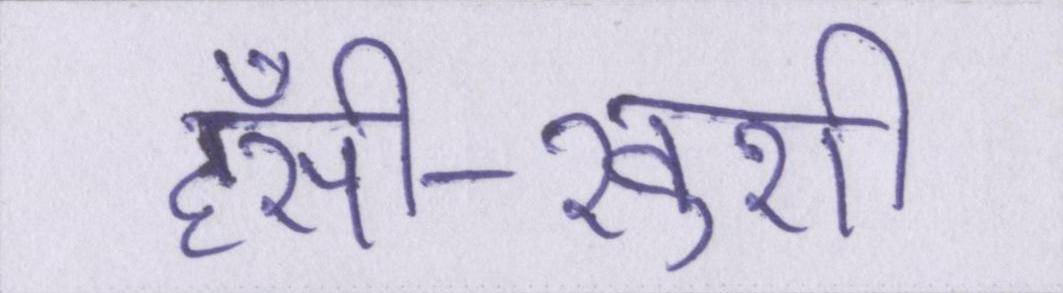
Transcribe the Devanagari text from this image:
हँसी-खुशी